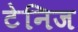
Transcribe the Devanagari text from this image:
टेनिज